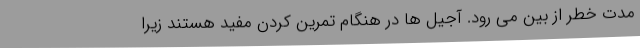
مدت خطر از بین می رود. آجیل ها در هنگام تمرین کردن مفید هستند زیرا